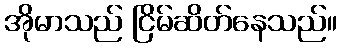
အိုမာသည် ငြိမ်ဆိတ်နေသည်။